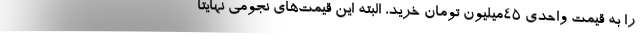
را به قیمت واحدی ۴۵‌میلیون تومان خرید، البته این قیمت‌های نجومی نهایتا